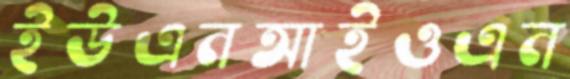
ইউএনআইওএন